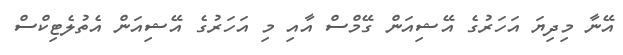
އޭނާ މިދިޔަ އަހަރުގެ އޭޝިއަން ގޭމްސް އާއި މި އަހަރުގެ އޭޝިއަން އެތުލެޓިކްސް